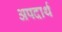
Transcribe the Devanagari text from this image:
अपदार्थ